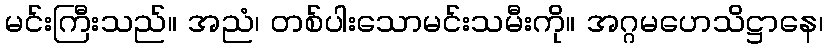
မင်းကြီးသည်။ အညံ၊ တစ်ပါးသောမင်းသမီးကို။ အဂ္ဂမဟေသိဋ္ဌာနေ၊